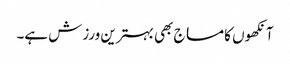
آنکھوں کا مساج بھی بہترین ورزش ہے۔